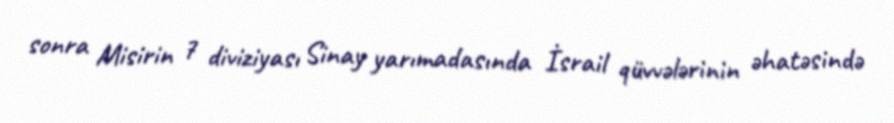
sonra Misirin 7 diviziyası Sinay yarımadasında İsrail qüvvələrinin əhatəsində